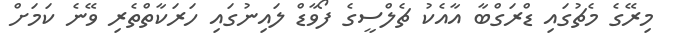
މިރޭގެ މެޗުގައި ޑްރަގްބާ އާއެކު ޗެލްސީގެ ފޯވާޑް ލައިނުގައި ހަރަކާތްތެރި ވޭނެ ކަމަށް